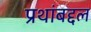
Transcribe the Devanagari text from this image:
प्रथांबद्दल